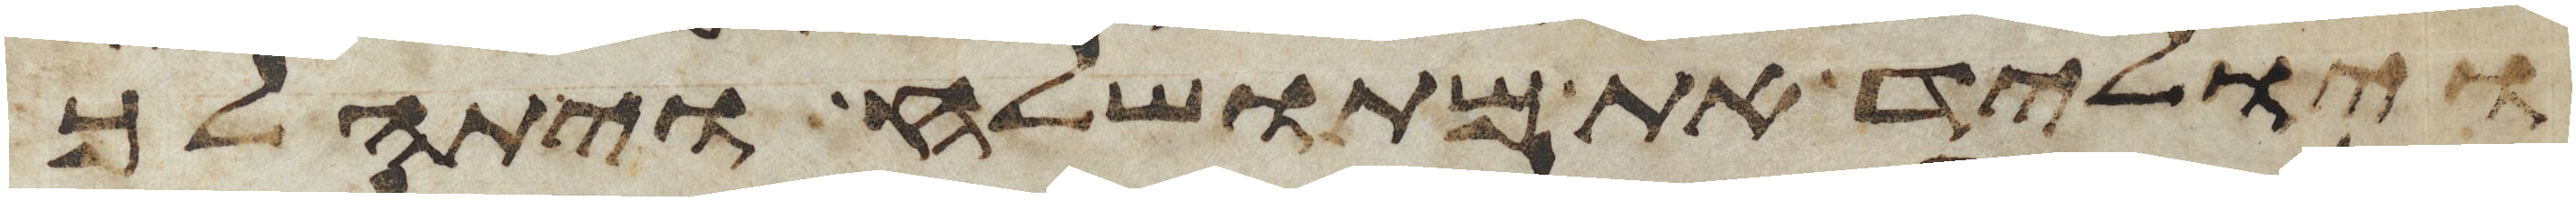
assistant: ויוליד את מתושלח ויתהלך